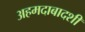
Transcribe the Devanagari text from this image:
अहमदाबादशी